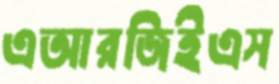
এআরজিইএস